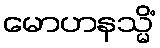
မောဟနသ္မိံ